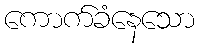
ကောက်ခံနေသော